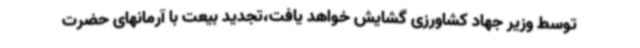
توسط وزیر جهاد کشاورزی گشایش خواهد یافت،تجدید بیعت با آرمانهای حضرت